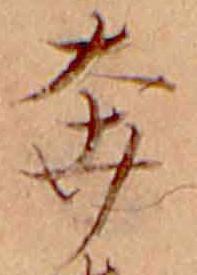
奔